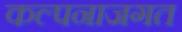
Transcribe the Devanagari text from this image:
कल्पनाजगत